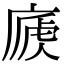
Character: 𢊐